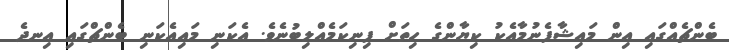
ބެންޗެއްގައި އިން މައިޝާފެނުމާއެކު ކިޔާންގެ ހިތަށް ފިނިކަމެއްލިބުނެވެ. އެކަނި މައިއެކަނި ބެންޗްގައި އިނދެ